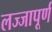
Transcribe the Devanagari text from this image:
लज्जापूर्ण